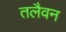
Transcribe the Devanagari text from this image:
तलैवन